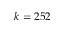
k = 2 5 2